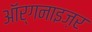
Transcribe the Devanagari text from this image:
ऑर्गनाइज़र